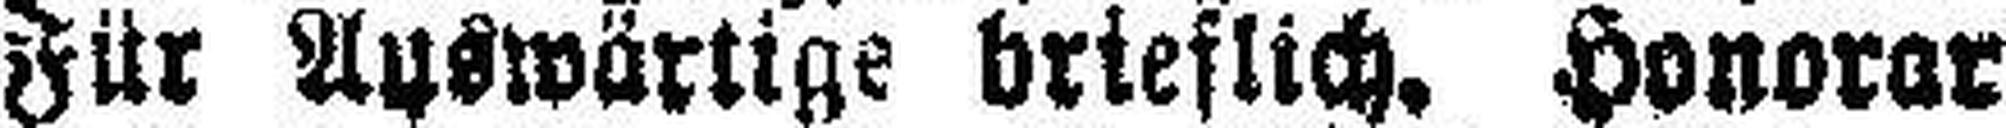
Für Auswärtige brieflich, Honorar